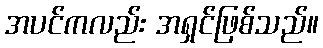
အပင်ကလည်း အရှင်ဖြစ်သည်။